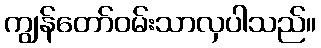
ကျွန်တော်ဝမ်းသာလှပါသည်။